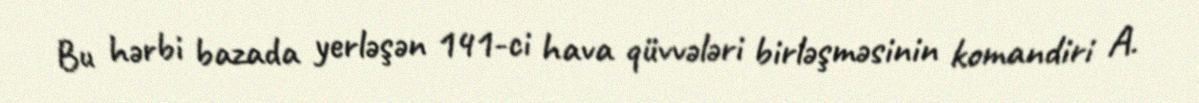
Bu hərbi bazada yerləşən 141-ci hava qüvvələri birləşməsinin komandiri A.